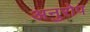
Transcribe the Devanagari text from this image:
अनुरोप